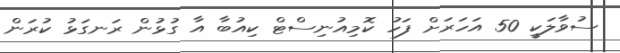
ސުވާލަކީ 50 އަހަރަށް ފަހު ކޮމިއުނިސްޓް ކިއުބާ އާ ގުޅުން ރަނގަޅު ކުރަން